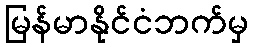
မြန်မာနိုင်ငံဘက်မှ